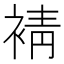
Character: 𧚫